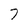
Character: 7